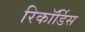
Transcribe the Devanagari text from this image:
रिकॉर्डिस